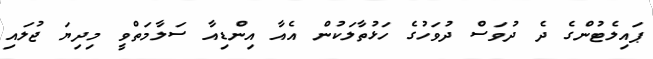
ޕައިލެޓުންގެ ދެ ދުވަސް ދުވަހުގެ ހަޅުތާލަކުން އެއާ އިންޑިއާ ސަލާމަތްވީ މިދިޔަ ޖުލައި